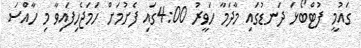
ގައުމީ ފުޓްބޯޅަ ދަނޑުގައި މާދަމާ ހަވީރު 4:00ގައި ފެށުމަށް ހަމަޖެހިފައިވާ މި ހާއްސަ